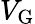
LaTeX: V_{\mathrm{G}}